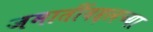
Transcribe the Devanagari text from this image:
जमातींबद्दलच्या